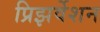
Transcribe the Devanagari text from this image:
प्रिझर्वेशन